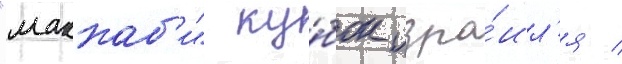
"маккаб'и" ку́бок изра́ил'я /